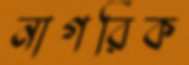
নাগরিক